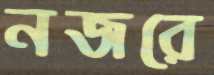
নজরে